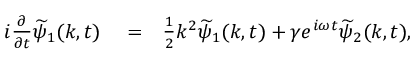
\begin{array} { r l r } { i \frac { \partial } { \partial t } \widetilde { \psi } _ { 1 } ( k , t ) } & { { } = } & { \frac { 1 } { 2 } k ^ { 2 } \widetilde { \psi } _ { 1 } ( k , t ) + \gamma e ^ { i \omega t } \widetilde { \psi } _ { 2 } ( k , t ) , } \end{array}